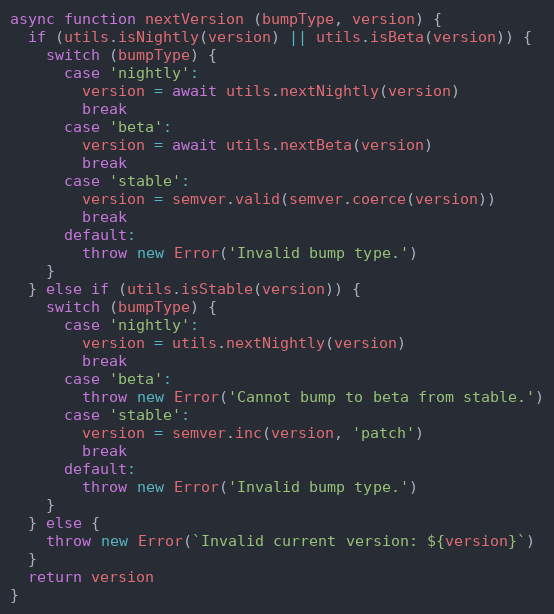
Language: JavaScript
async function nextVersion (bumpType, version) {
  if (utils.isNightly(version) || utils.isBeta(version)) {
    switch (bumpType) {
      case 'nightly':
        version = await utils.nextNightly(version)
        break
      case 'beta':
        version = await utils.nextBeta(version)
        break
      case 'stable':
        version = semver.valid(semver.coerce(version))
        break
      default:
        throw new Error('Invalid bump type.')
    }
  } else if (utils.isStable(version)) {
    switch (bumpType) {
      case 'nightly':
        version = utils.nextNightly(version)
        break
      case 'beta':
        throw new Error('Cannot bump to beta from stable.')
      case 'stable':
        version = semver.inc(version, 'patch')
        break
      default:
        throw new Error('Invalid bump type.')
    }
  } else {
    throw new Error(`Invalid current version: ${version}`)
  }
  return version
}